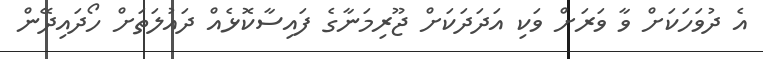
އެ ދުވަހަކަށް ވާ ވަރަށް ވަކި އަދަދަކަށް ޖޫރިމަނާގެ ފައިސާކޮޅެއް ދައުލަތަށް ހޯދައިދޭން